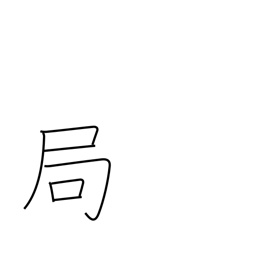
Meaning: conclusion